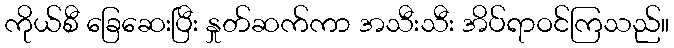
ကိုယ်စီ ခြေဆေးပြီး နှုတ်ဆက်ကာ အသီးသီး အိပ်ရာဝင်ကြသည်။